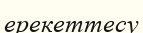
ерекеттесу